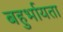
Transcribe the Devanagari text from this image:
बहुर्भायता